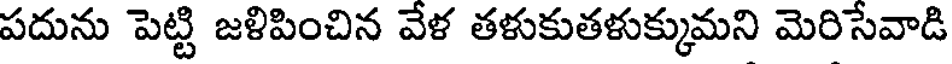
పదును పెట్టి జళిపించిన వేళ తళుకుతళుక్కుమని మెరిసేవాడి